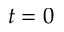
t = 0